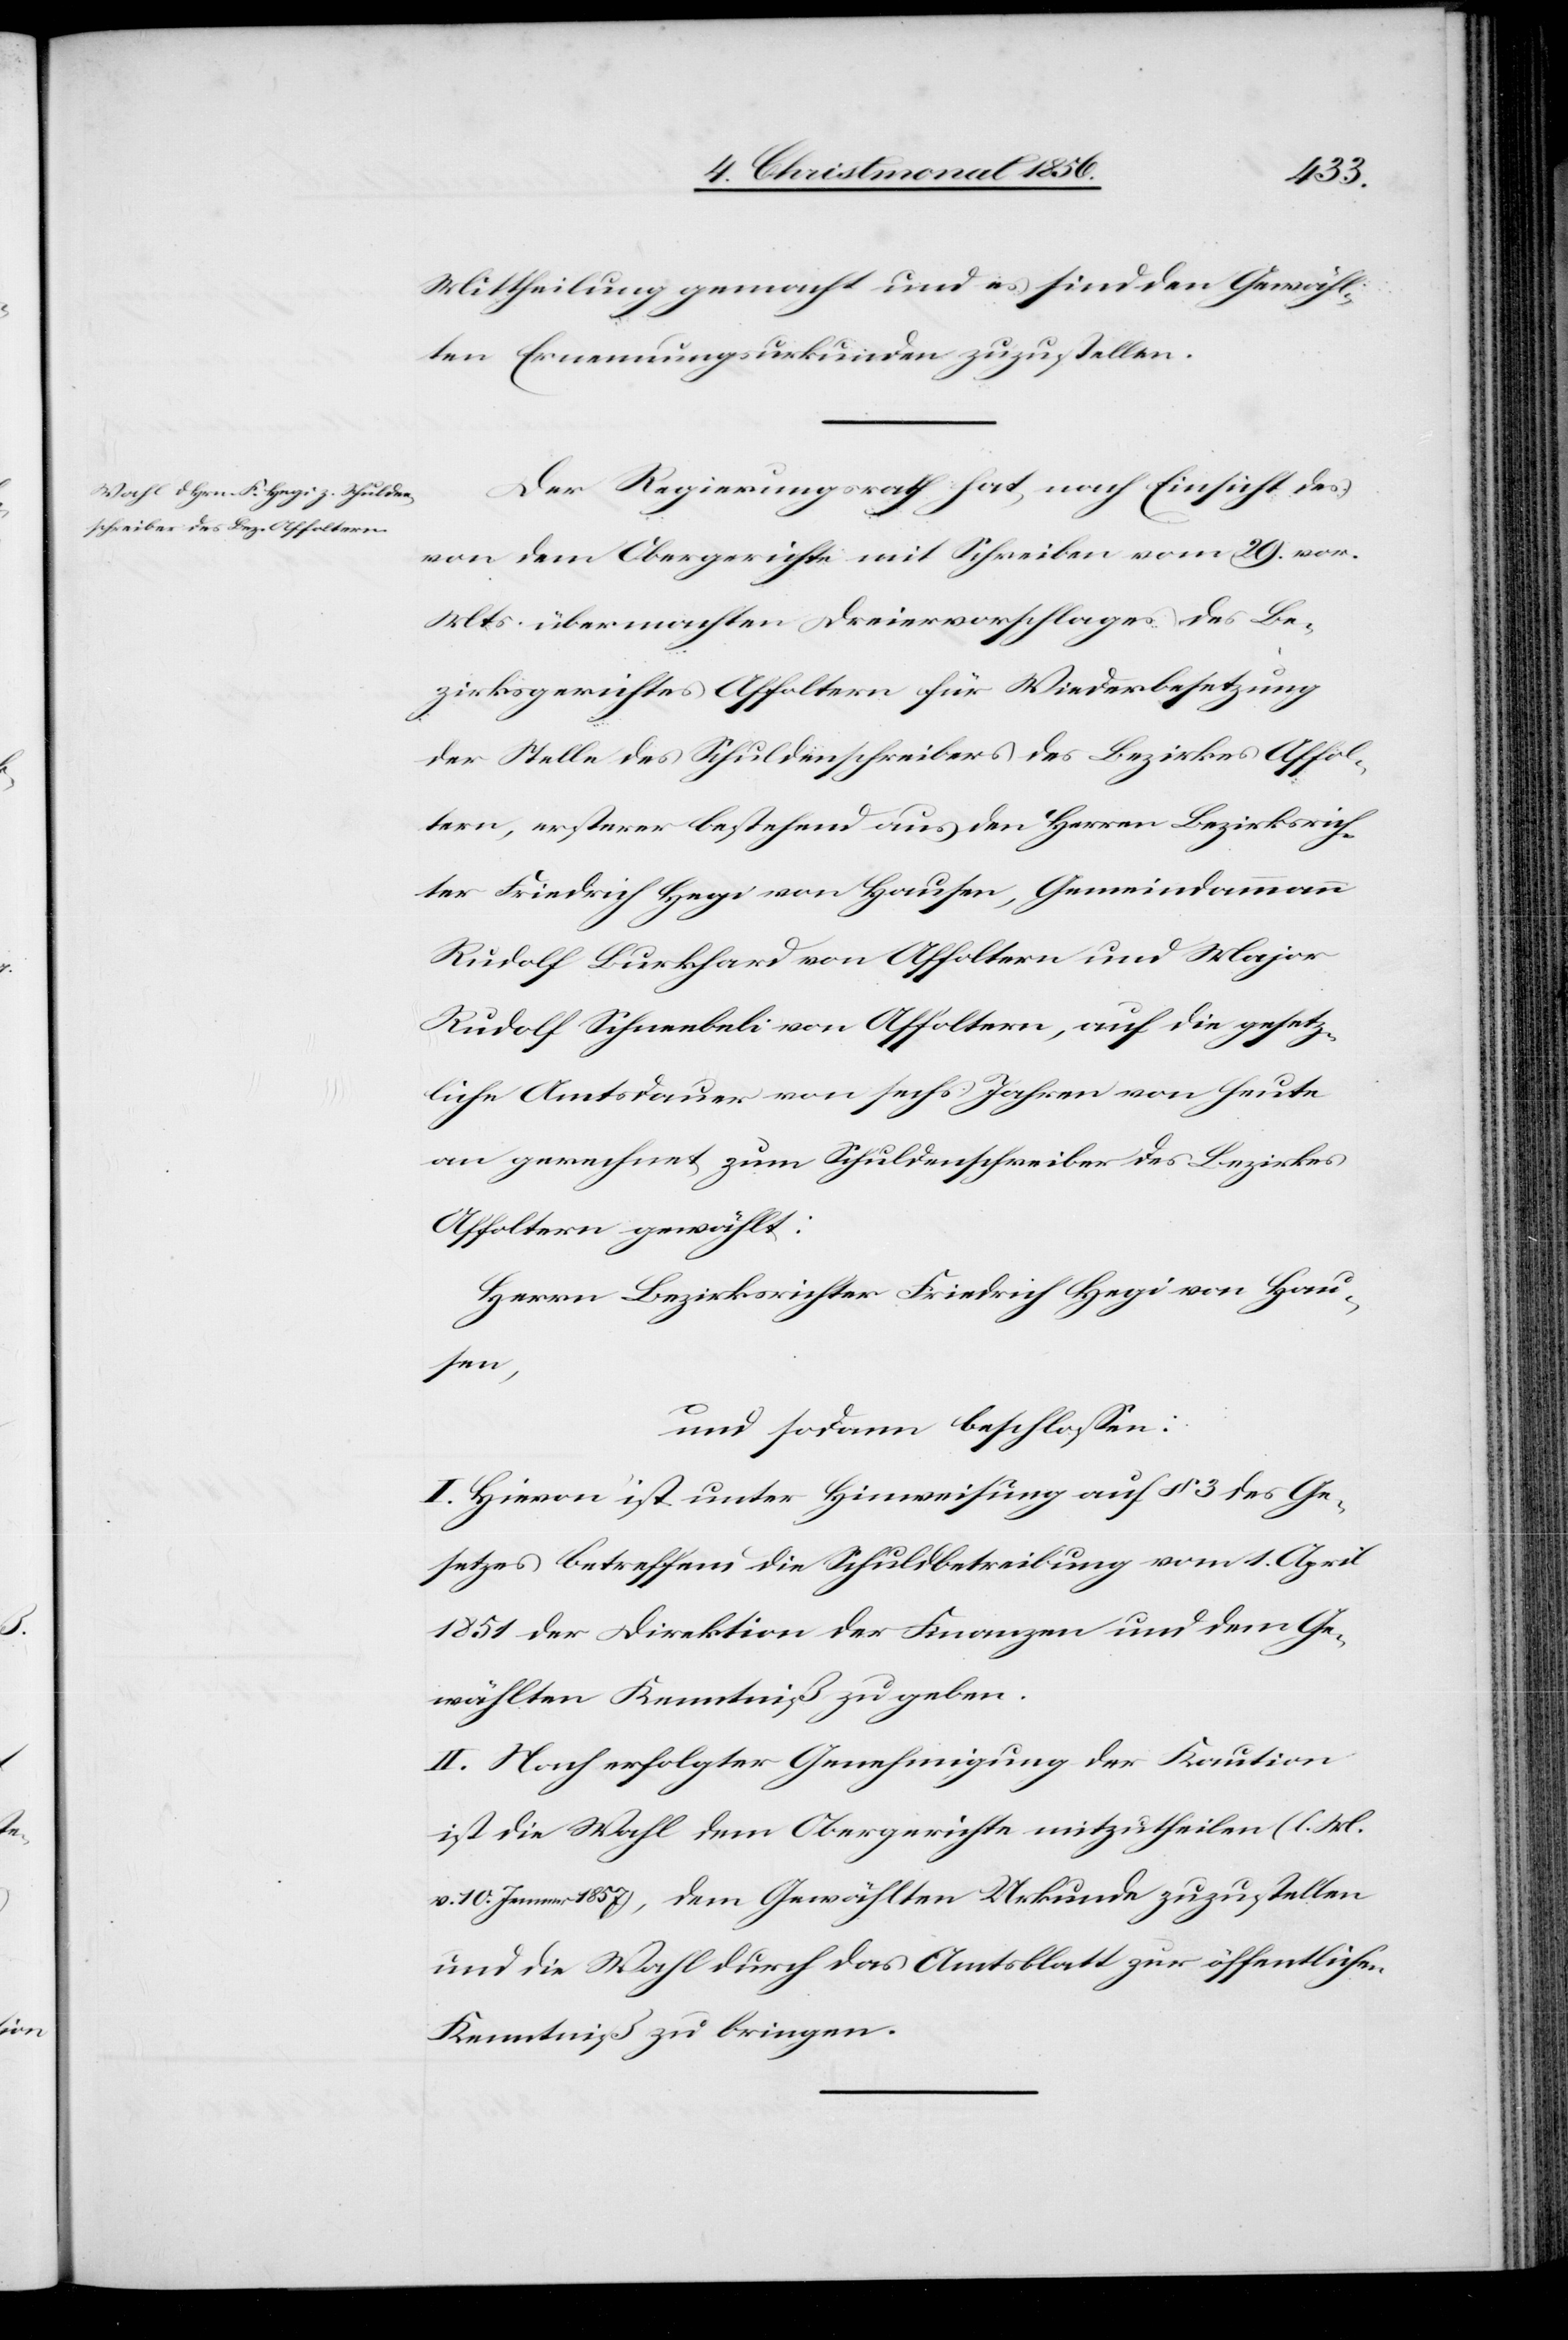
Mittheilung gemacht und es sind den Gewähl¬
ten Ernennungsurkunden zuzustellen.
Der Regierungsrath hat, nach Einsicht des
von dem Obergerichte mit Schreiben vom 29. vor.
Mts. übermachten Dreiervorschlages des Be¬
zirksgerichtes Affoltern für Widerbesetzung
der Stelle des Schuldenschreibers des Bezirkes Affol¬
tern, ersterer bestehend aus den Herren Bezirksrich¬
ter Friedrich Hegi von Hausen, Gemeindammann
Rudolf Burkhard von Affoltern und Major
Rudolf Schneebeli von Affoltern, auf die gesetz¬
liche Amtsdauer von sechs Jahren von heute
an gerechnet zum Schuldenschreiber des Bezirks
Affoltern gewählt:
Herrn Bezirksrichter Friedrich Hegi von Hau¬
sen,
und sodann beschlossen:
I. Hievon ist unter Hinweisung auf § 3 des Ge¬
setzes betreffend die Schuldbetreibung vom 1. April
1851 der Direktion der Finanzen und dem Ge¬
wählten Kenntniß zu geben.
II. Nach erfolgter Genehmigung der Kaution
ist die Wahl dem Obergerichte mitzutheilen (l. M.
v. 10. Jenner 1857), dem Gewählten Urkunde zuzustellen
und die Wahl durch das Amtsblatt zur öffentlichen
Kenntniß zu bringen.